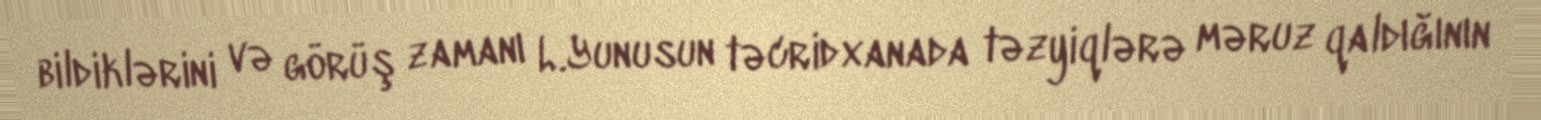
bildiklərini və görüş zamanı L.Yunusun təcridxanada təzyiqlərə məruz qaldığının